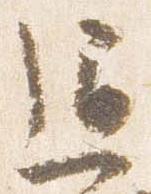
通